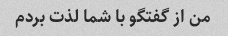
من از گفتگو با شما لذت بردم